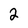
Character: 2